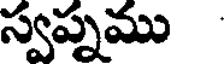
స్వప్నము